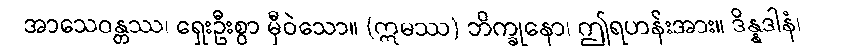
အာသေဝန္တဿ၊ ရှေးဦးစွာ မှီဝဲသော။ (ဣမဿ) ဘိက္ခုနော၊ ဤရဟန်းအား။ ဒိန္နဒါနံ၊